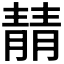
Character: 𫕻